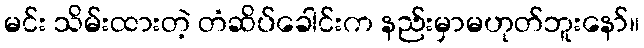
မင်း သိမ်းထားတဲ့ တံဆိပ်ခေါင်းက နည်းမှာမဟုတ်ဘူးနော်။